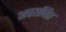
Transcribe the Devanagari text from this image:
अचयनित